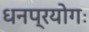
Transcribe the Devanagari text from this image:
धनप्रयोगः